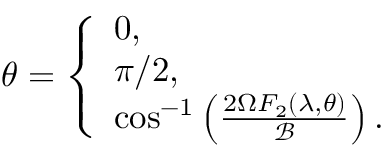
\theta = \left\{ \begin{array} { l l } { 0 , } \\ { \pi / 2 , } \\ { \cos ^ { - 1 } \left( \frac { 2 \Omega F _ { 2 } ( \lambda , \theta ) } { \mathcal { B } } \right) . } \end{array} \right.